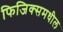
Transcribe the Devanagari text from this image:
फिजिक्समधील